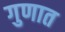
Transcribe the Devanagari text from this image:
गुणात